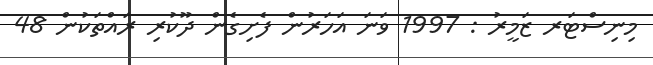
މިނިސްޓަރ ޒަމީރު : 1997 ވަނަ އަހަރުން ފެށިގެން ދޫކުރި ރައްތަކުން 48